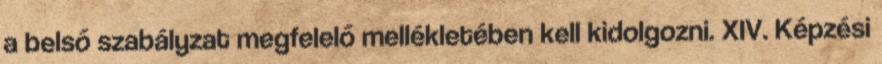
a belső szabályzat megfelelő mellékletében kell kidolgozni. XIV. Képzési